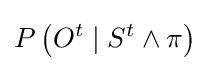
P\left(O^{t}\mid S^{t}\wedge \pi \right)